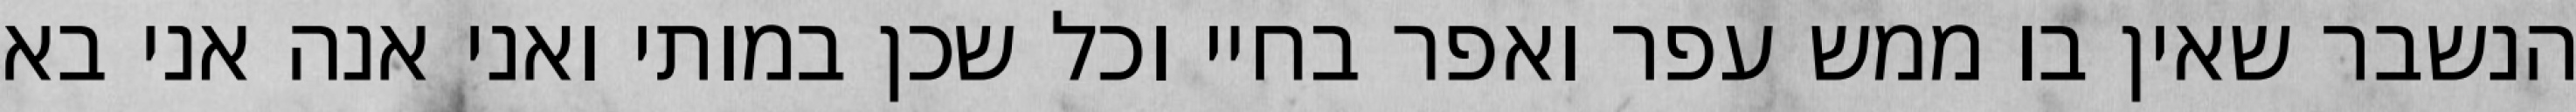
הנשבר שאין בו ממש עפר ואפר בחיי וכל שכן במותי ואני אנה אני בא